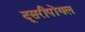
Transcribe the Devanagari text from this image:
दूसरीपोंगल